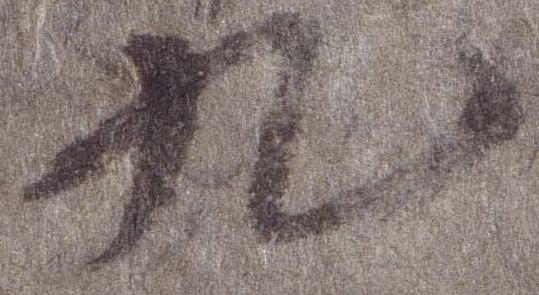
九